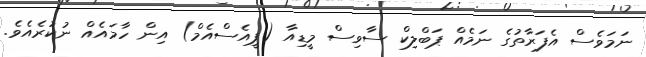
ނަމަވެސް އެފަރާތުގެ ނަމެއް ޕަބްލިކް ސާވިސް މީޑިއާ (ޕީއެސްއެމް) އިން ހާމައެއް ނުކުރެއެވެ.